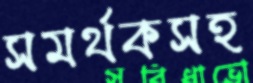
সমর্থকসহ